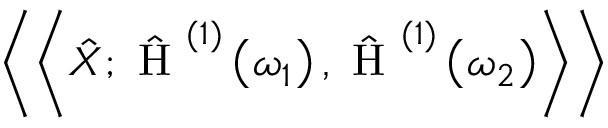
\left\langle \left\langle \hat { X } ; \hat { \mathrm { ~ H ~ } } ^ { ( 1 ) } \left( \omega _ { 1 } \right) , \hat { \mathrm { ~ H ~ } } ^ { ( 1 ) } \left( \omega _ { 2 } \right) \right\rangle \right\rangle